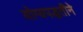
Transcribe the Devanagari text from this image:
योग्यपद्धतीने